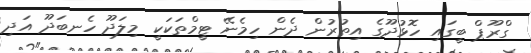
ގްރޫޕް ބީގައި ހޮޅުދޫގެ އިތުރުން ދެން ހިމެނޭ ޓީމްތަކަކީ މިލަދޫ ހެނބަދޫ އަދި